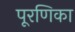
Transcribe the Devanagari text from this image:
पूरणिका